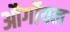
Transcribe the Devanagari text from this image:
और्गोयल